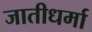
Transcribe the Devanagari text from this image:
जातीधर्मा